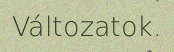
Változatok.